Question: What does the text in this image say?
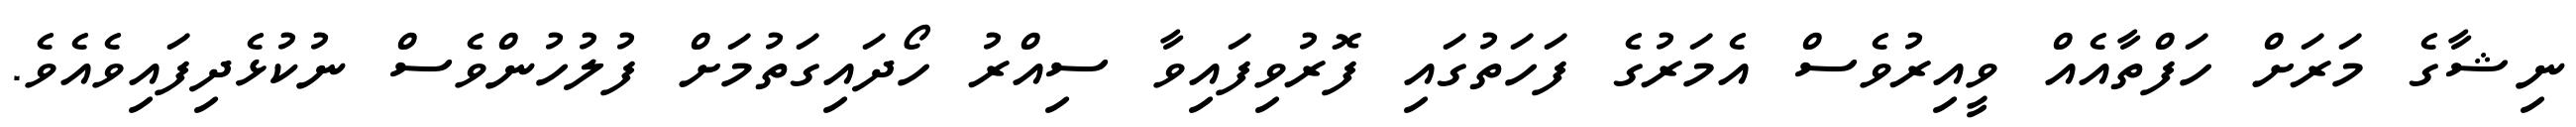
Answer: ނިޝާގެ މަރަށް ހަފްތާއެއް ވީއިރުވެސް އެމަރުގެ ފަހަތުގައި ފޮރުވިފައިވާ ސިއްރު ހޯދައިގަތުމަށް ފުލުހުންވެސް ނުކުޅެދިފައިވެއެވެ.